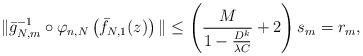
LaTeX: \begin{align*}\|\bar{g}_{N,m}^{-1}\circ\varphi_{n,N} \left(\bar{f}_{N,1}(z) \right)\|\leq \left(\frac{M}{1-\frac{D^k}{\lambda C}}+2 \right)s_m=r_m,\end{align*}